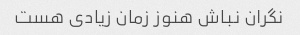
نگران نباش هنوز زمان زیادی هست